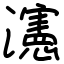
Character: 瀗